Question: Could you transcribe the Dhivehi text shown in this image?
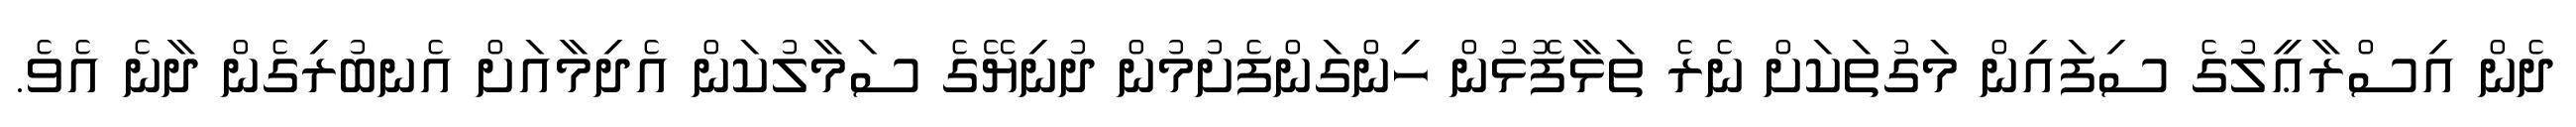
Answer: ދެން އިސްރާޢީލުގެ ސިފައިން މަގުތަކަށް ނެރެ ތަޅާފޮޅުން ހިންގަންފެށުމުން ދުނިޔޭގެ ސަމާލުކަން އެދިމާއަށް އެނބުރިގެން ދާނެ އެވެ.